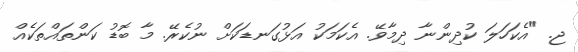
ޖ. "އެކަހަލަ ކުދިންނާ ދިމާވޭ. އެކަމަކު އަޅުގަނޑަކަށް ނުކެރޭ. މާ ބޮޑު ކަންތައްތަކެއް